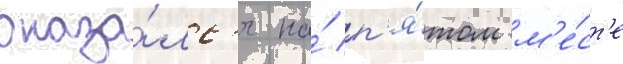
оказа́лс'я на́ п'я́том м'е́ст'е